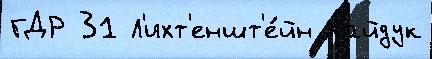
ГДР 31 Л'ихт'еншт'е́йн Хайдук